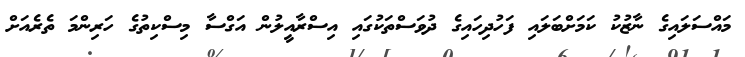
މައްސަލައިގެ ނާޒުކު ކަމަށްބަލައި ފަހުދިހައިގެ ދުވަސްތަކުގައި އިސްރާއީލުން އަގްސާ މިސްކިތުގެ ހަރިންމަ ތެރެއަށް